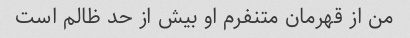
من از قهرمان متنفرم او بیش از حد ظالم است